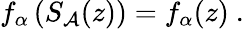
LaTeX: f_{\alpha}\left(S_{\mathcal{A}}(z)\right)=f_{\alpha}(z)\ .